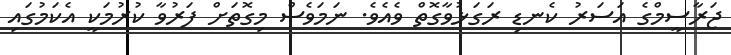
ޖަރާސީމްގެ އަސަރު ކެނޑި ރަގަޅުވާގޮތް ވެއެވެ. ނަމަވެސް މިގޮތަށް ފަރުވާ ކުރުމަކީ އެކަމުގައި